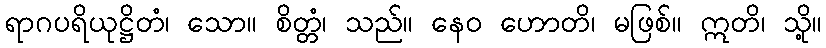
ရာဂပရိယုဋ္ဌိတံ၊ သော။ စိတ္တံ၊ သည်။ နေဝ ဟောတိ၊ မဖြစ်။ ဣတိ၊ သို့။